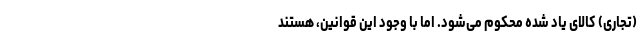
(تجاری‌) کالای یاد شده محکوم می‌شود. اما با وجود این قوانین، هستند